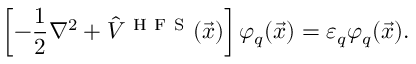
\left[ - \frac { 1 } { 2 } \nabla ^ { 2 } + \hat { V } ^ { \mathrm { ~ H ~ F ~ S ~ } } ( \vec { x } ) \right] { \varphi } _ { q } ( \vec { x } ) = { \varepsilon } _ { q } { \varphi } _ { q } ( \vec { x } ) .